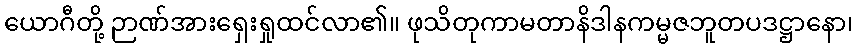
ယောဂီတို့ ဉာဏ်အားရှေးရှုထင်လာ၏။ ဖုသိတုကာမတာနိဒါနကမ္မဇဘူတပဒဋ္ဌာနော၊